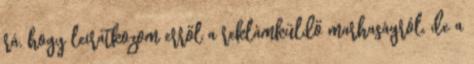
rá, hogy leiratkozom erről a reklámküldő marhaságról, de a